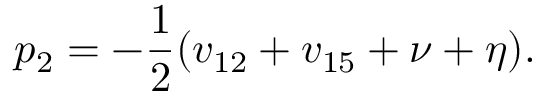
p _ { 2 } = - \frac { 1 } { 2 } ( v _ { 1 2 } + v _ { 1 5 } + \nu + \eta ) .